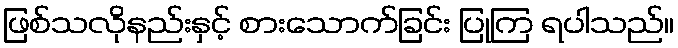
ဖြစ်သလိုနည်းနှင့် စားသောက်ခြင်း ပြုကြ ရပါသည်။